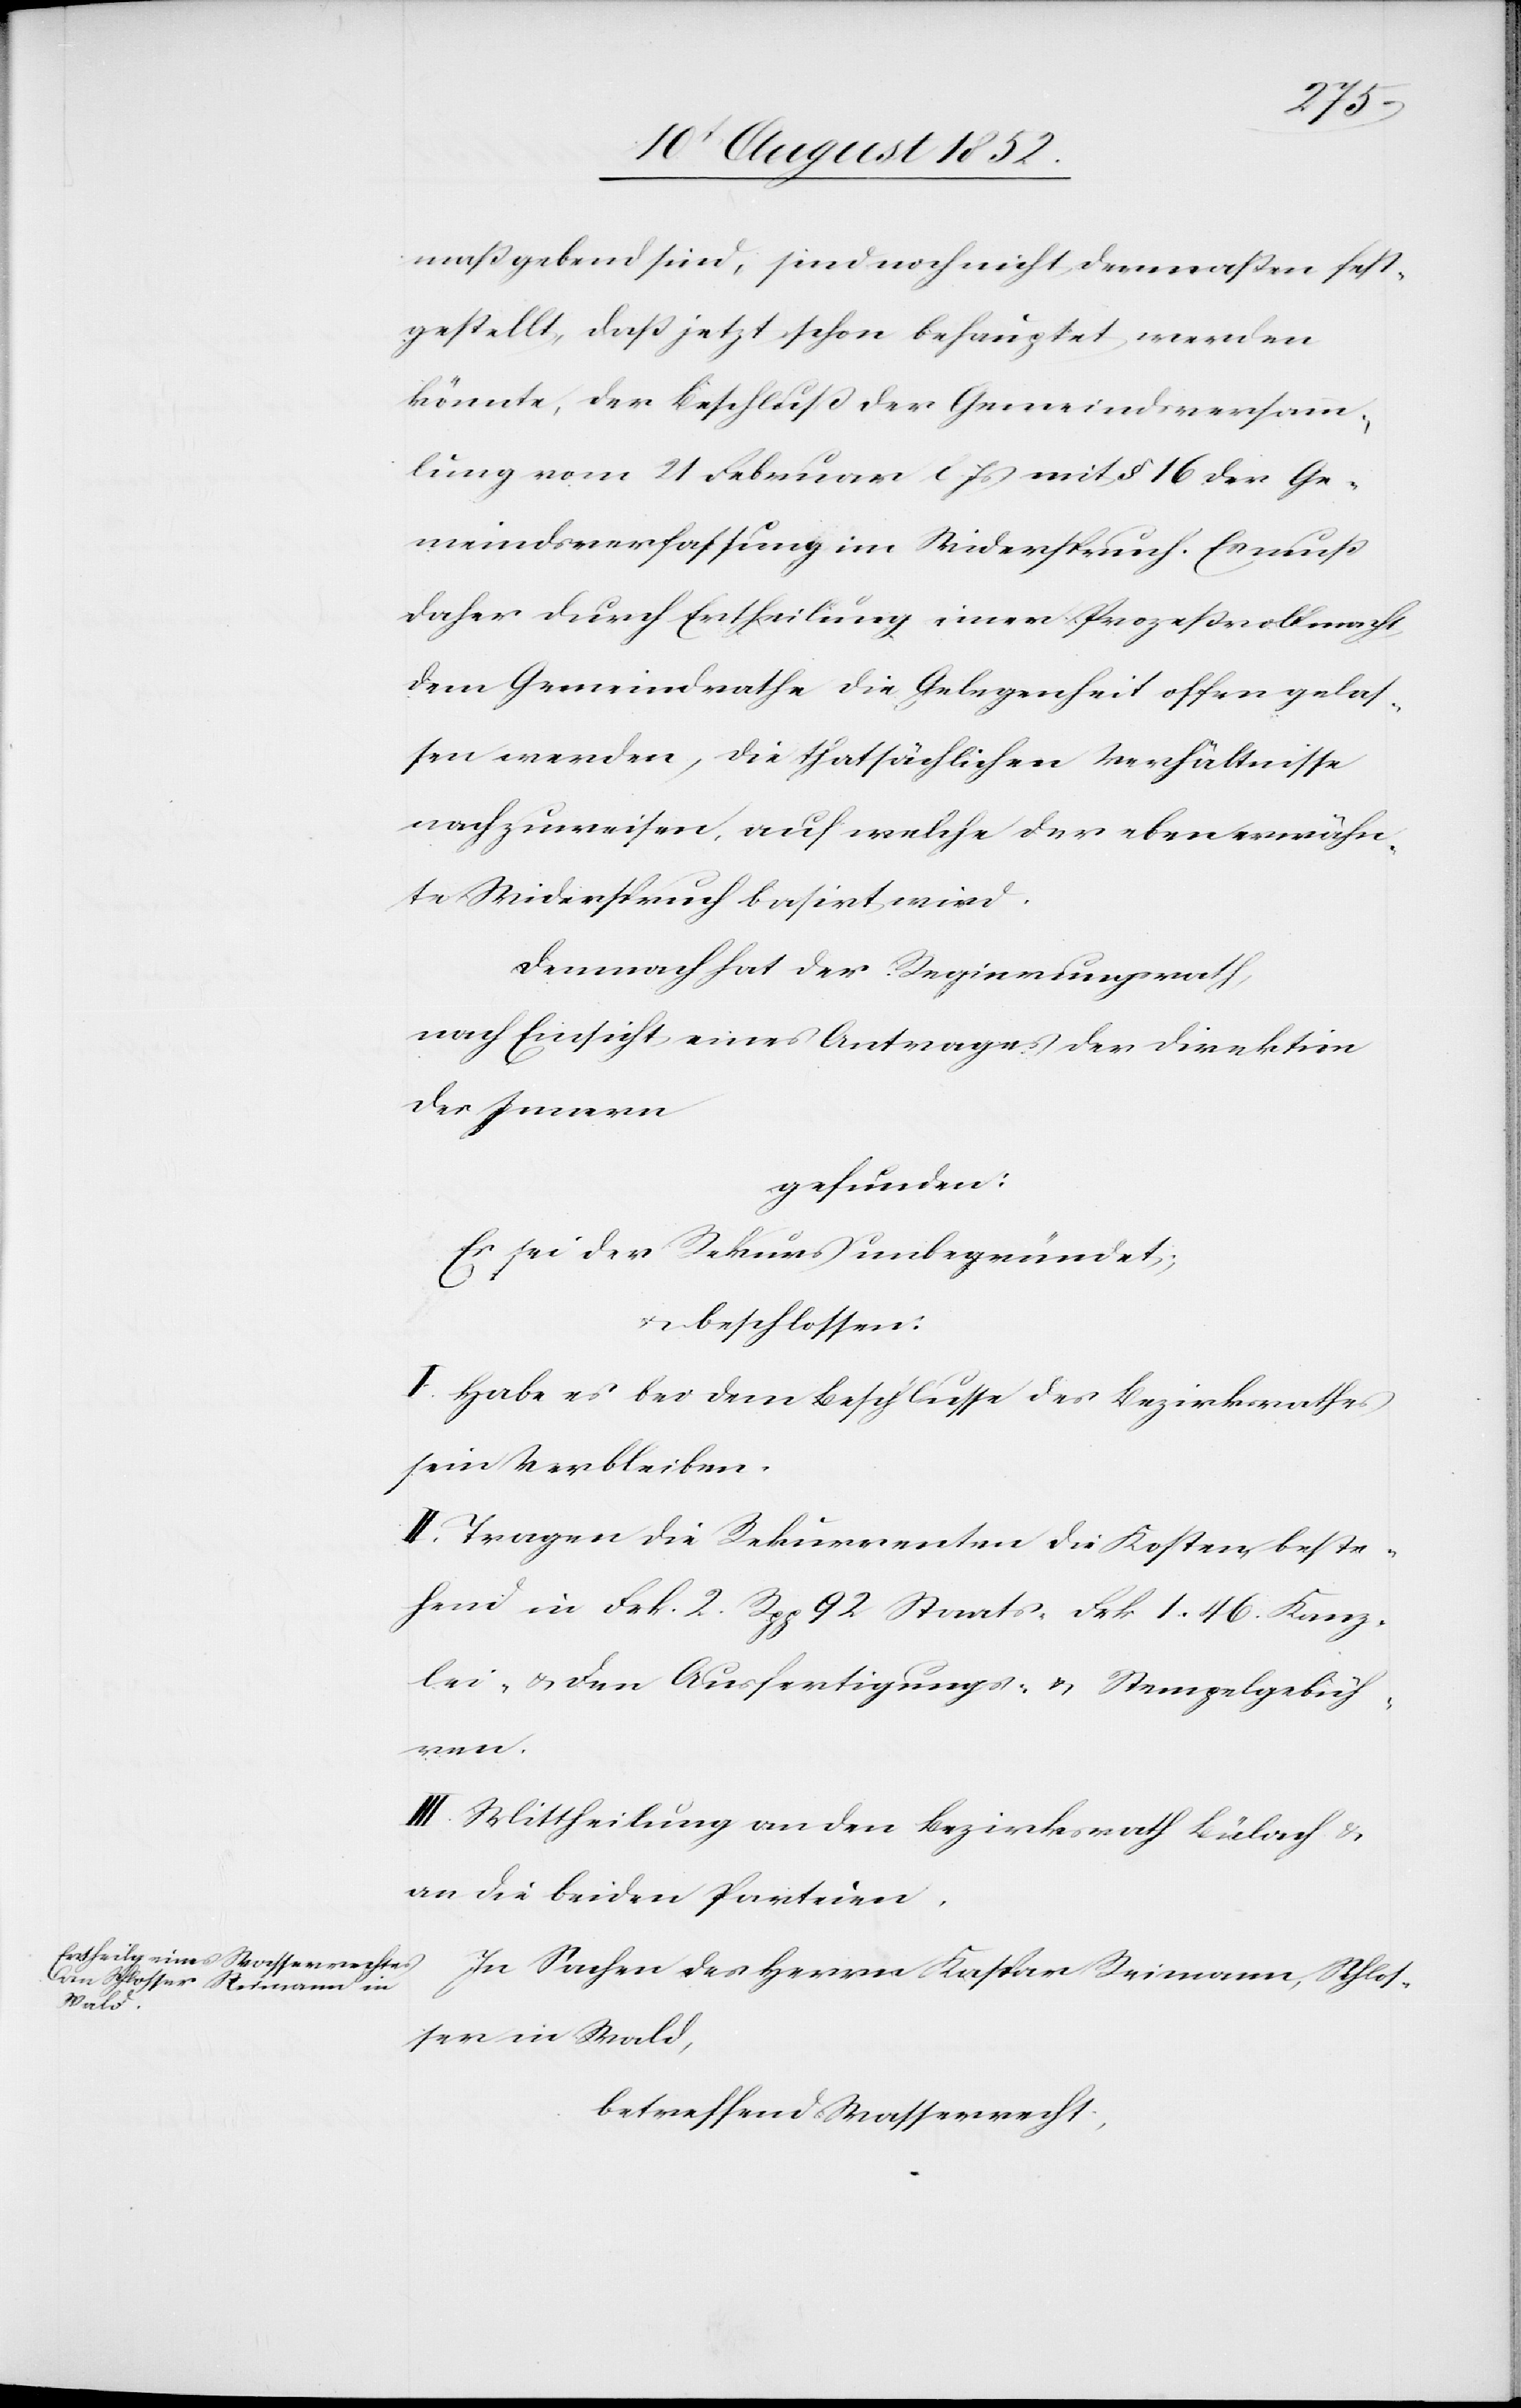
maßgebend sind, sind noch nicht dermaßen fest¬
gestellt, daß jetzt schon behauptet werden
könnte, der Beschluß der Gemeindsversamm¬
lung vom 21 Februar l. Js [stehe] mit § 16. der Ge¬
meindsverfassung im Widerspruch. Es muß
daher durch Ertheilung einer Prozeßvollmacht
dem Gemeindrathe die Gelegenheit offen gelas¬
sen werden, die thatsächlichen Verhältnisse
nachzuweisen, auf welche der eben erwähn¬
te Widerspruch basirt wird.
Demnach hat der Regierungsrath,
nach Einsicht eines Antrages der Direktion
des Innern
gefunden:
Es sei der Rekurs unbegründet;
beschlossen:
I. Habe es bei dem Beschlusse des Bezirksrathes
sein Verbleiben.
II. Tragen die Rekurrenten die Kosten, beste¬
hend in Frk. 2. Rpp 92 Staats-[,] Frk 1. 46. Kanz¬
lei- & den Ausfertigungs- & Stempelgebüh¬
Reimann,
III. Mittheilung an den Bezirksrath Bülach &
an die beiden Parteien.
Schlos¬
ser in Wald,
betreffend Wasserrecht,